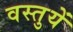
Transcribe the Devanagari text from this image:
वस्‍तुयें